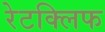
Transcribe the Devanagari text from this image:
रेटक्लिफ